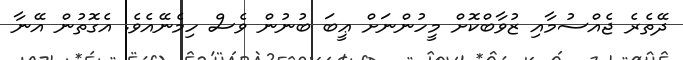
ދޭތެރެ ޖެއްސުމާއި ޒުވާބްކޮށް މީހުންނަށް ޢީބަ ބުނުން ވެސް ހިމެނޭއެވެ. އެގޮތުން އޭނާ